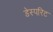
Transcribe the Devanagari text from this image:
डेस्परिट